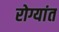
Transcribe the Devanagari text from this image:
रोग्यांत